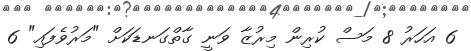
6 އަހަރު 8 މަސް ކުރިން މިރުޒާ ވަނީ ގާތްގަނޑަކަށް "މަރުވެފައި" 6